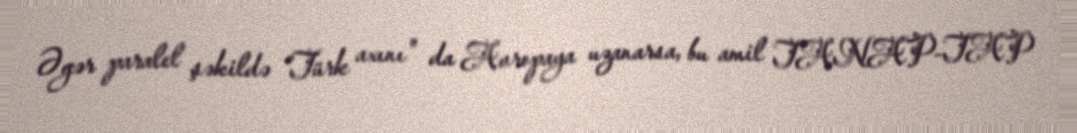
Əgər paralel şəkildə ”Türk axını" da Avropaya uzanarsa, bu amil TANAP-TAP